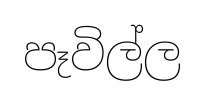
පෑවිල්ල